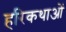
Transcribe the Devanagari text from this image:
हरिकथाओं